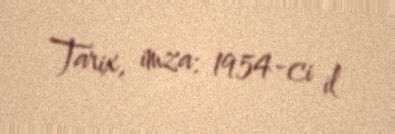
Tarix, imza: 1954-ci il